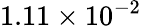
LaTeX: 1.11\times 10^{-2}